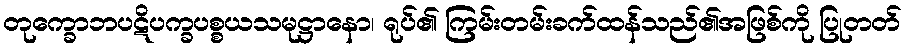
တုက္ခောဘပဋိပက္ခပစ္စယသမုဋ္ဌာနော၊ ရုပ်၏ ကြမ်းတမ်းခက်ထန်သည်၏အဖြစ်ကို ပြုတတ်